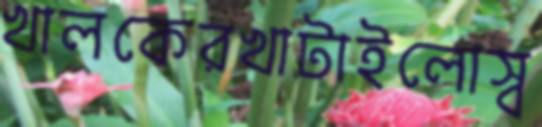
খালকেরখাটাইলোস্ব